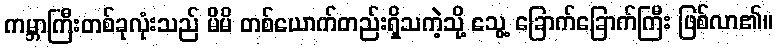
ကမ္ဘာကြီးတစ်ခုလုံးသည် မိမိ တစ်ယောက်တည်းရှိသကဲ့သို့ သွေ့ ခြောက်ခြောက်ကြီး ဖြစ်လာ၏။